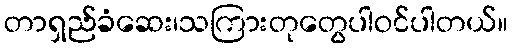
တာရှည်ခံဆေး၊သကြားတုတွေပါဝင်ပါတယ်။